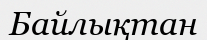
Байлықтан